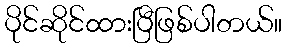
ပိုင်ဆိုင်ထားပြီဖြစ်ပါတယ်။